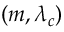
( m , \lambda _ { c } )